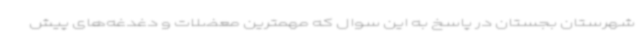
شهرستان بجستان در پاسخ به این سوال که مهمترین معضلات و دغدغه‌های پیش